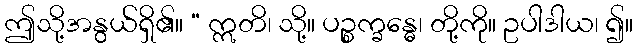
ဤသို့အနွယ်ရှိ၏။ “ ဣတိ၊ သို့။ ပဉ္စက္ခန္ဓေ၊ တို့ကို။ ဥပါဒါယ၊ ၍။